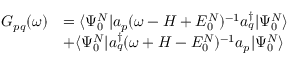
\begin{array} { r l } { G _ { p q } ( \omega ) } & { = \langle \Psi _ { 0 } ^ { N } | a _ { p } ( \omega - H + E _ { 0 } ^ { N } ) ^ { - 1 } a _ { q } ^ { \dagger } | \Psi _ { 0 } ^ { N } \rangle } \\ & { + \langle \Psi _ { 0 } ^ { N } | a _ { q } ^ { \dagger } ( \omega + H - E _ { 0 } ^ { N } ) ^ { - 1 } a _ { p } | \Psi _ { 0 } ^ { N } \rangle } \end{array}